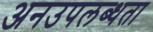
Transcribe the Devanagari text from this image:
अनउपलब्धता